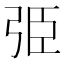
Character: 弫